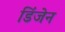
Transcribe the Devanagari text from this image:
डिंजेन